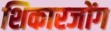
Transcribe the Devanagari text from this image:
शिकारजोंग